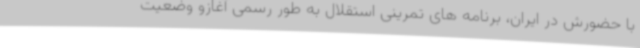
با حضورش در ایران، برنامه های تمرینی استقلال به طور رسمی آغازو وضعیت